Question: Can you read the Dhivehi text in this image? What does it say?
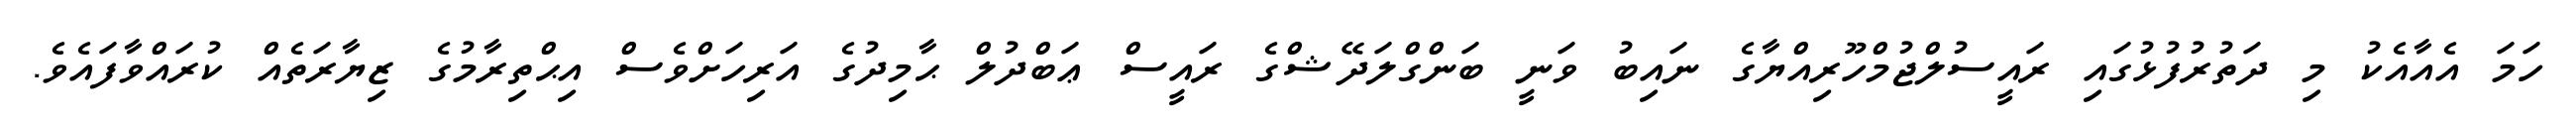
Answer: ހަމަ އެއާއެކު މި ދަތުރުފުޅުގައި ރައީސުލްޖުމްހޫރިއްޔާގެ ނައިބު ވަނީ ބަންގްލަދޭޝްގެ ރައީސް ޢަބްދުލް ޙާމިދުގެ އަރިހަށްވެސް އިޙްތިރާމުގެ ޒިޔާރަތެއް ކުރައްވާފައެވެ.